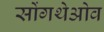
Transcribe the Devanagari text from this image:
सोंगथेओव